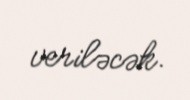
veriləcək.